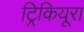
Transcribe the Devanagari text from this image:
ट्रिकियूरा